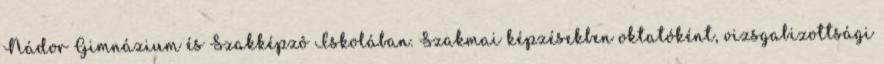
Nádor Gimnázium és Szakképzô Iskolában. Szakmai képzésekben oktatóként, vizsgabizottsági